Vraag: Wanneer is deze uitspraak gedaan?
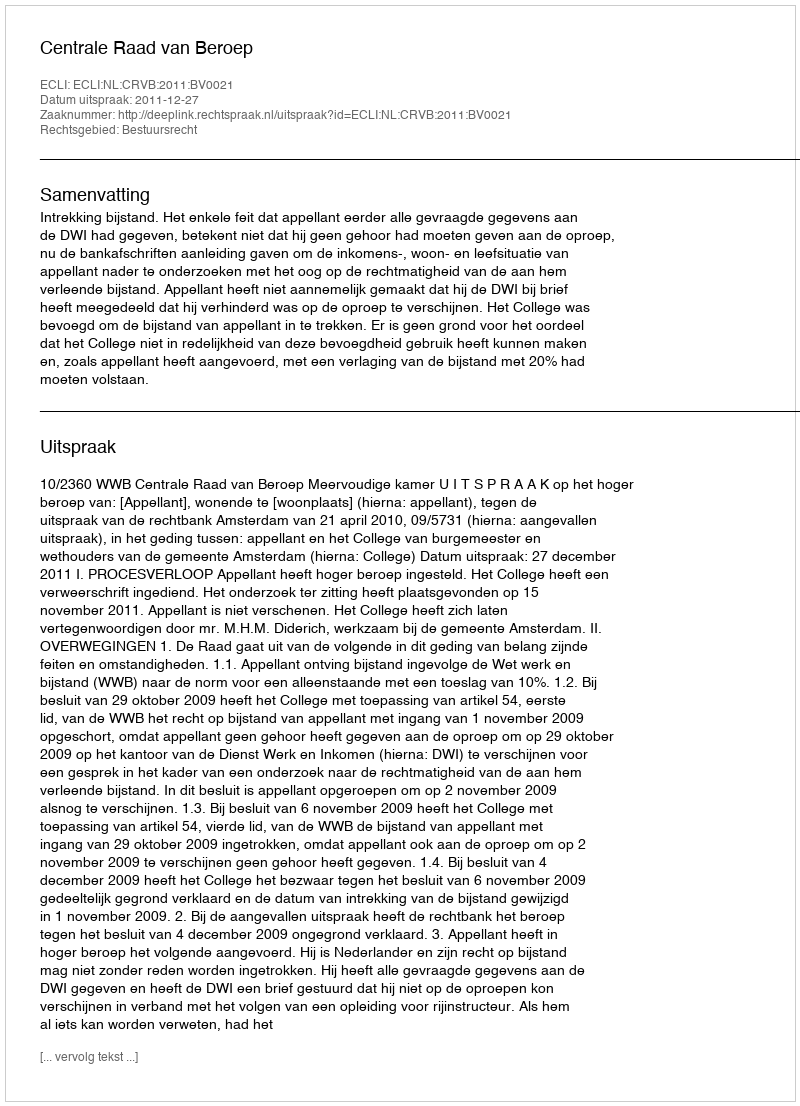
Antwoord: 2011-12-27